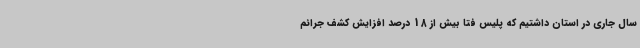
سال جاری در استان داشتیم که پلیس فتا بیش از 18 درصد افزایش کشف جرائم